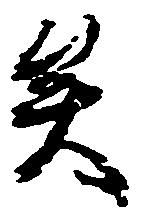
矣